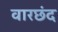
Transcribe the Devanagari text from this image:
वारछंद